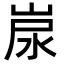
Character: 𡷷